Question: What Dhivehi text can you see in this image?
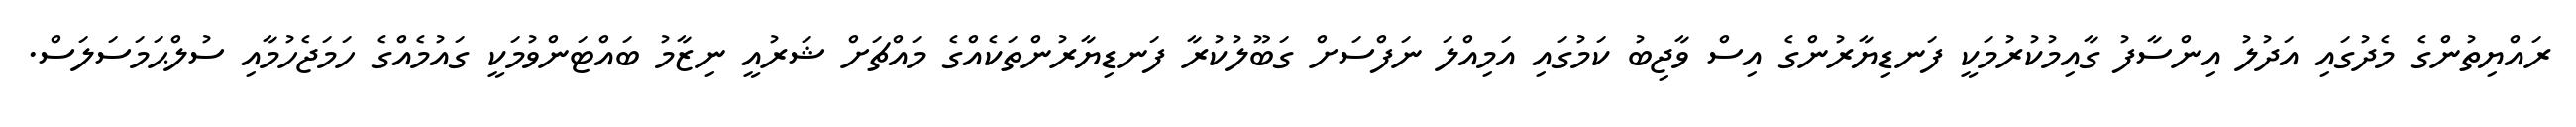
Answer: ރައްޔިތުންގެ މެދުގައި އަދުލު އިންސާފު ގާއިމުކުރުމަކީ ފަނޑިޔާރުންގެ އިސް ވާޖިބު ކަމުގައި އަމިއްލަ ނަފްސަށް ގަބޫލުކުރާ ފަނޑިޔާރުންތަކެއްގެ މައްޗަށް ޝަރުއީ ނިޒާމު ބައްޓަންވުމަކީ ގައުމެއްގެ ހަމަޖެހުމާއި ސުލްޙަމަސަލަސް.